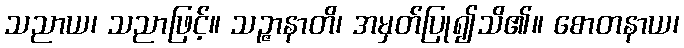
သညာယ၊ သညာဖြင့်။ သဉ္ဇာနာတိ၊ အမှတ်ပြု၍သိ၏။ စောတနာယ၊